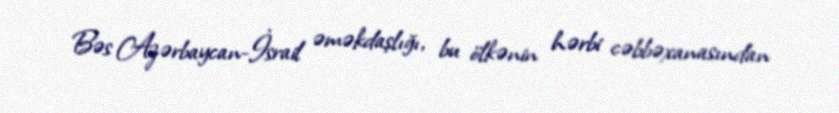
Bəs Azərbaycan-İsrail əməkdaşlığı, bu ölkənin hərbi cəbbəxanasından